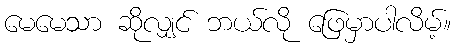
မေမေသာ ဆိုလျှင် ဘယ်လို ဖြေမှာပါလိမ့်။